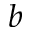
b